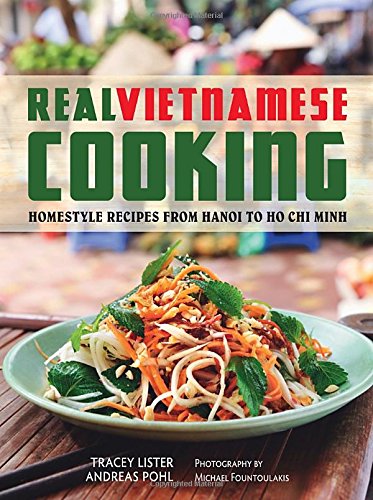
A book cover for Real Vietnamese Cooking: Homestyle Recipes from Hanoi to Ho Chi Minh; Tracey Lister; Cookbooks, Food & Wine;